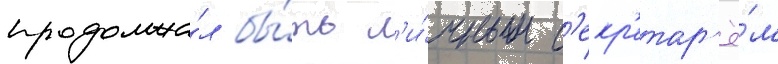
продолжа́л бы́ть л'и́чным с'екр'етар'ё́м